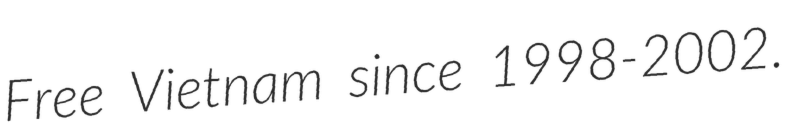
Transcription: Free Vietnam since 1998-2002.